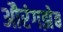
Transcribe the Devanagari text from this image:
औरंगझेब